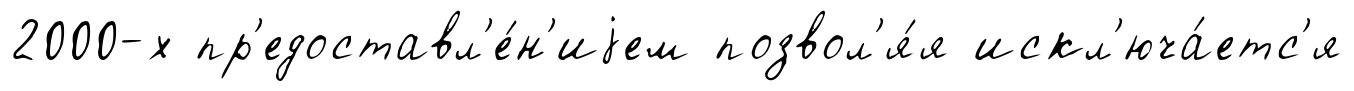
2000-х пр'едоставл'е́н'иjем позвол'я́я искл'юча́етс'я